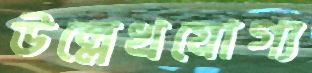
উল্লেখযোগ্য